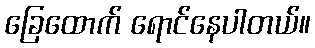
ခြေထောက် ရောင်နေပါတယ်။